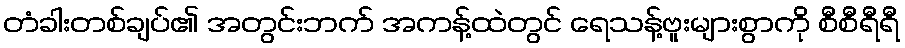
တံခါးတစ်ချပ်၏ အတွင်းဘက် အကန့်ထဲတွင် ရေသန့်ဗူးများစွာကို စီစီရီရီ